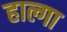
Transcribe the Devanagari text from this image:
हाल्गा